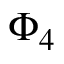
\Phi _ { 4 }